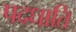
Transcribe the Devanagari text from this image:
पदधाति